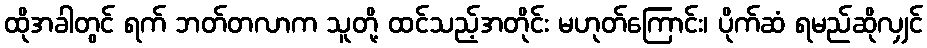
ထိုအခါတွင် ရက် ဘတ်တလာက သူတို့ ထင်သည့်အတိုင်း မဟုတ်ကြောင်း၊ ပိုက်ဆံ ရမည်ဆိုလျှင်